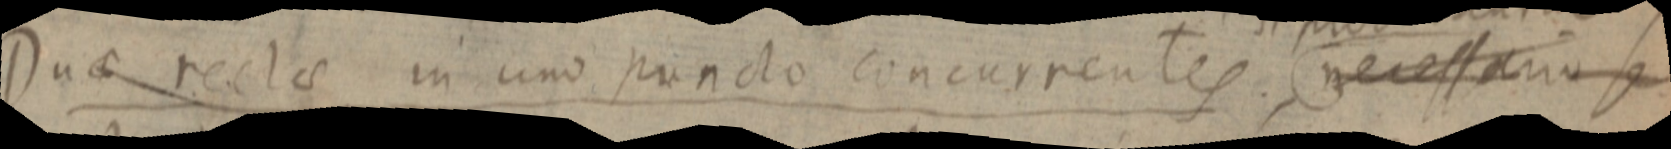
Duae rectae in uno puncto concurrentes, necessario se